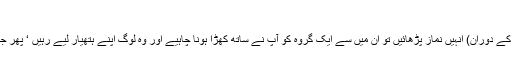
(النساء : ١٠٢)
اور جب آپ ان میں ہوں اور (جنگ کے دوران) انہیں نماز پڑھائیں تو ان میں سے ایک گروہ کو آپ نے ساتھ کھڑا ہونا چاہیے اور وہ لوگ اپنے ہتھیار لیے رہیں ‘ پھر جب وہ سجدہ کرلیں تو (اے مسلمانو !